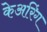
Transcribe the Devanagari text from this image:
केअरिंग